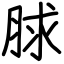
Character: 脙